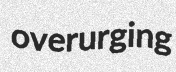
overurging